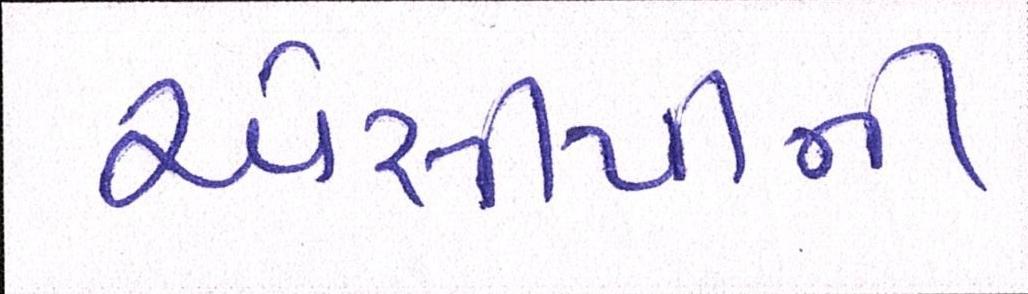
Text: એસીપીની